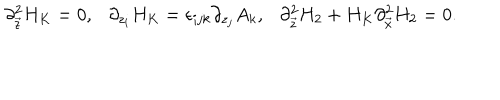
\partial _ { \vec { z } } ^ { 2 } H _ { K } = 0 , \ \ \ \partial _ { z _ { i } } H _ { K } = \epsilon _ { i j k } \partial _ { z _ { j } } A _ { k } , \ \ \ \partial _ { \vec { z } } ^ { 2 } H _ { 2 } + H _ { K } \partial _ { \vec { x } } ^ { 2 } H _ { 2 } = 0 .